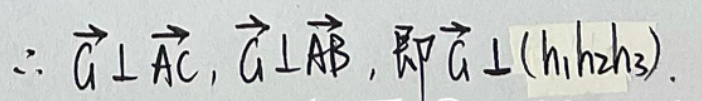
\(\therefore \overrightarrow { G } \bot \overrightarrow { A C }, \overrightarrow { G } \bot \overrightarrow { A B }, \text{即} \overrightarrow { G } \bot ( h _ { 1 } \overrightarrow { h } _ { 2 } \overrightarrow { h } _ { 3 } ).\)